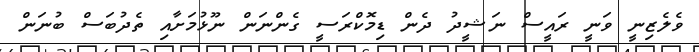
ވެލެޒިނީ ވަނީ ރައީސް ނަޝީދު ދެން ޑިމޮކްރަސީ ގެންނަން ނޫޅުމަށާއި ތެދުބަސް ބުނަން